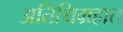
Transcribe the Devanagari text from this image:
अतिथिग्रहात